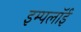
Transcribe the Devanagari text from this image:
इम्पलॉई